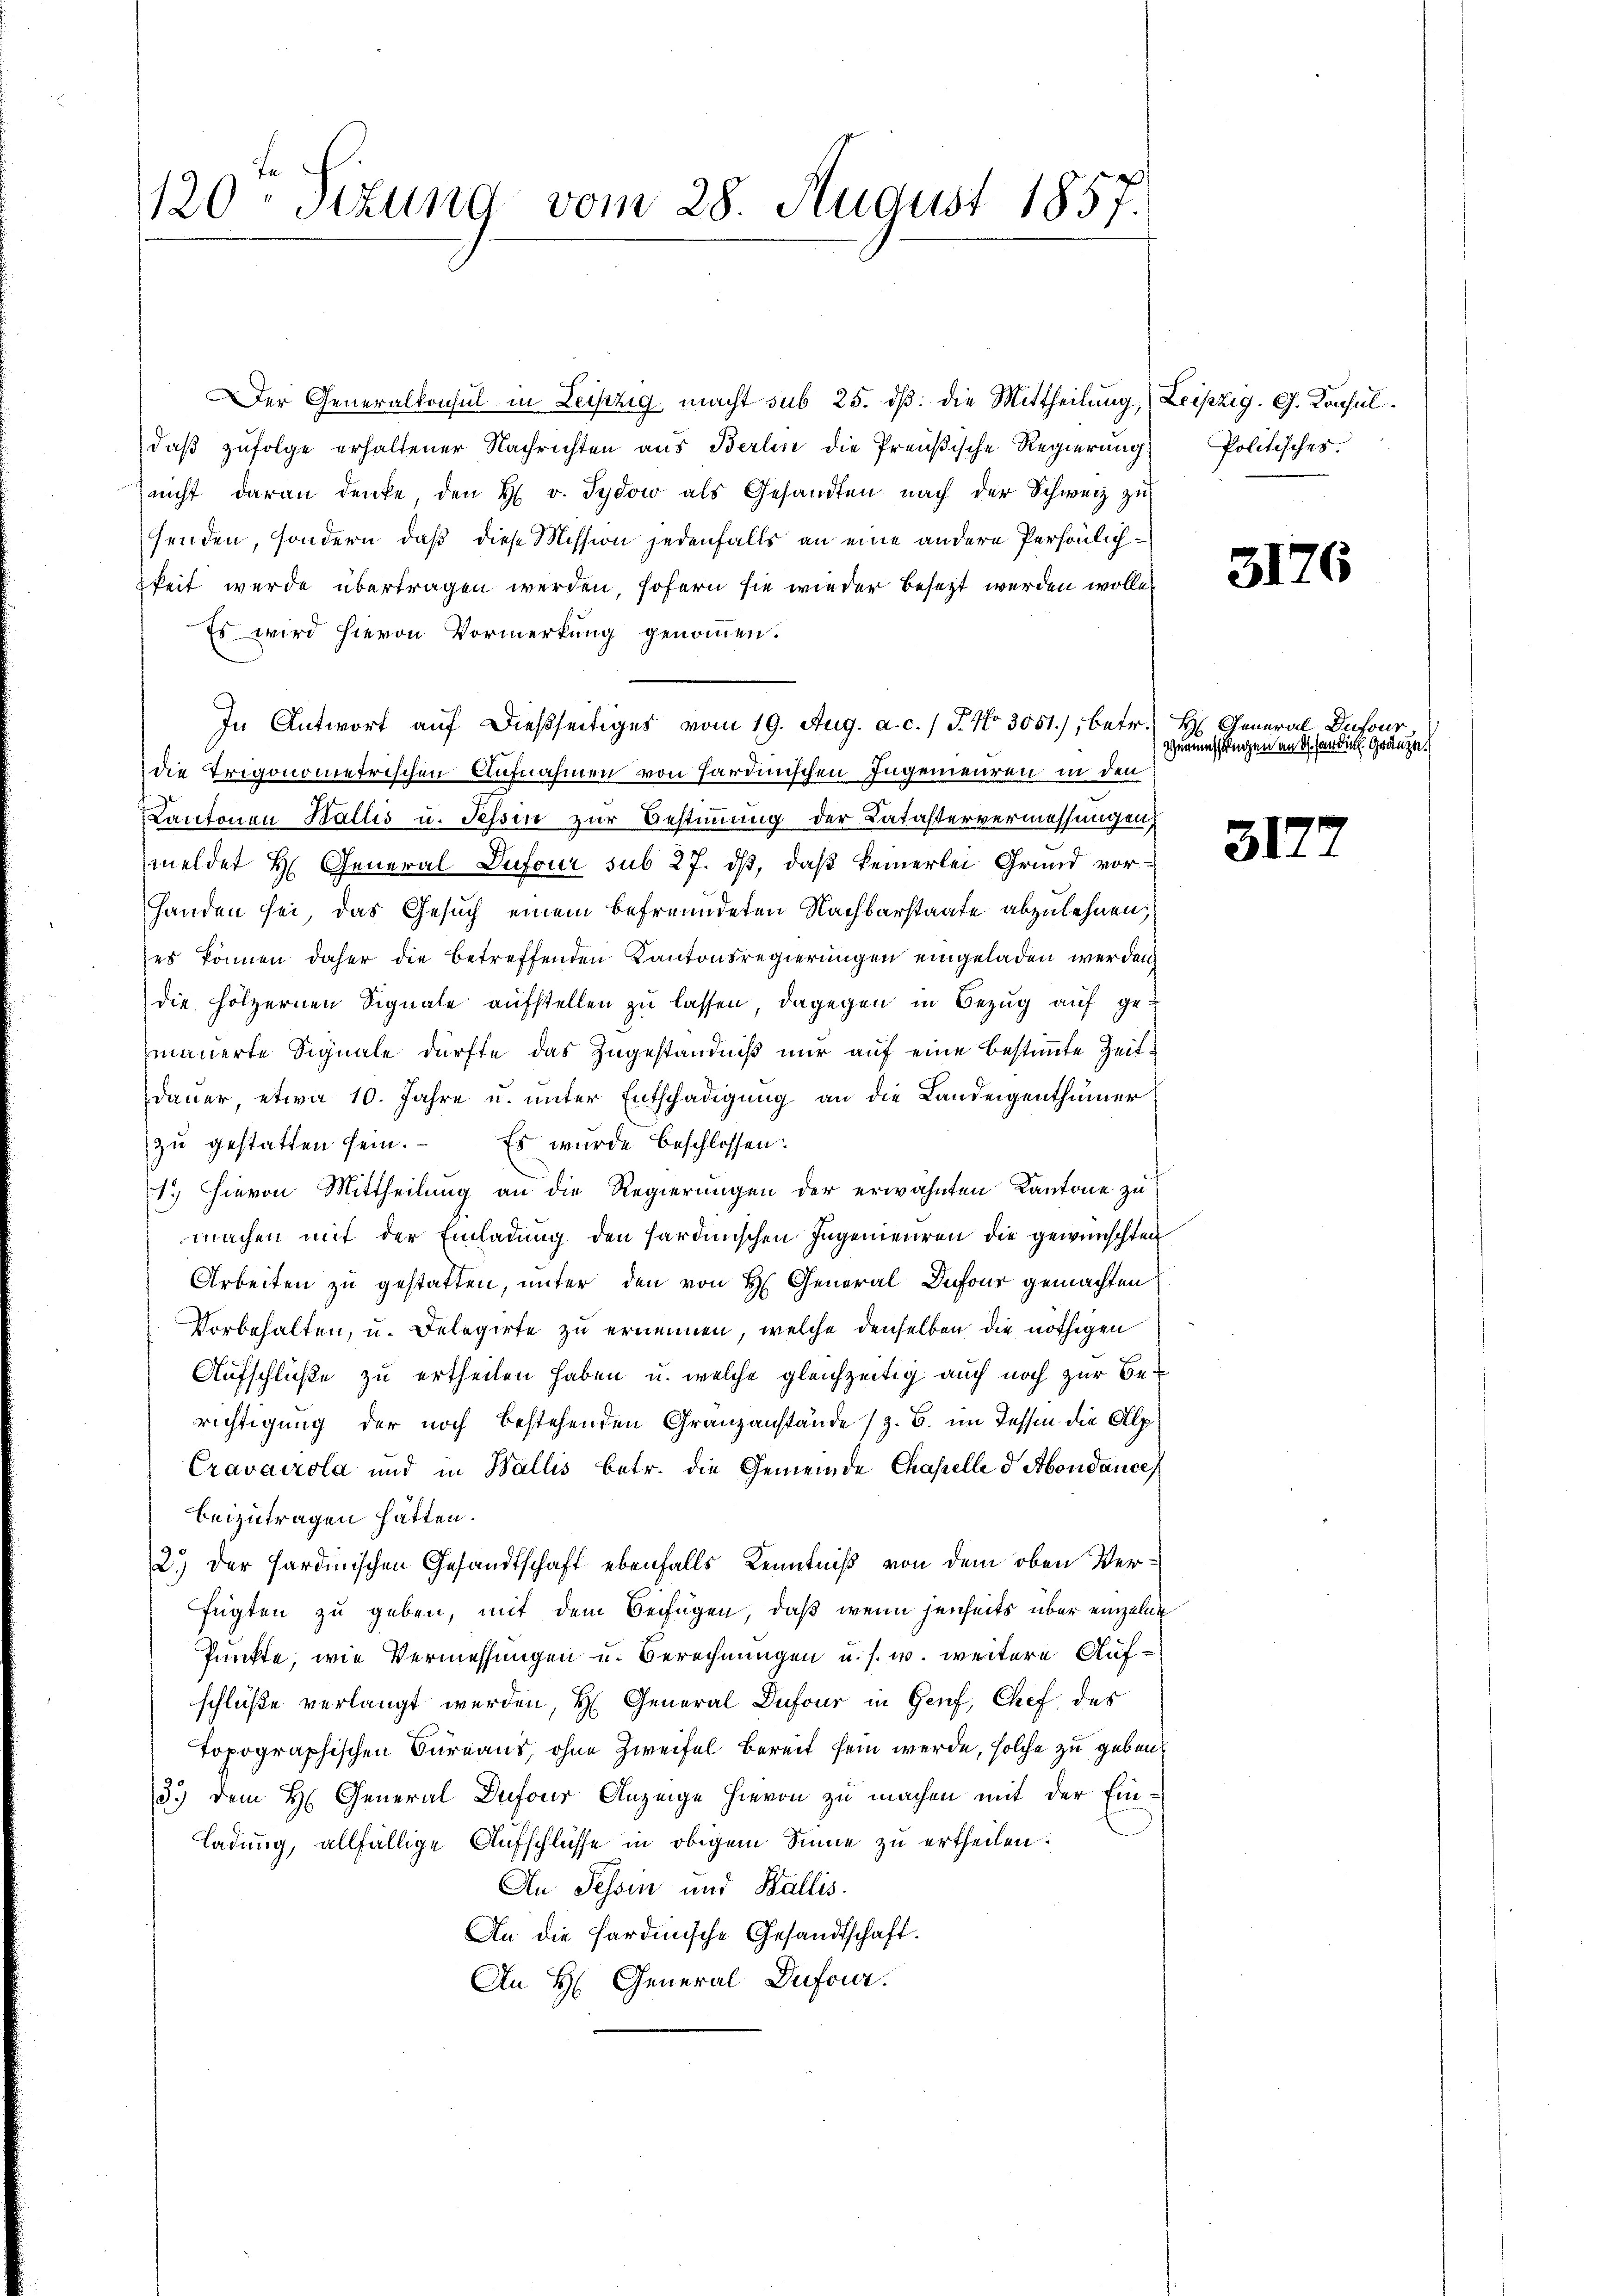
120 Sizung vom 28. August 1857.

Der Generalkonsul in Leipzig macht sub 25. dβ: die Mittheilung, Leipzig. G. Konsul
daß zufolge erhaltener Nachrichten aus Berlin die Preußische Regierung
nicht daran denke, den H. v. Sydow als Gesandten nach der Schweiz zu
senden, sondern, daß diese Mission jedenfalls an eine andere Persönlichkeit werde übertragen werden, sofern sie wieder besezt werden wolle,
Es wird hievon Vormerkung genommen.
In Antwort auf dießseitiges vom 19. Aug. a. c. / P. Nr. 3051), betr. H. General Dufour
die Trigonometrischen Aufnahmen von Hardinischen Ingenieuren in den
Kantonen Wallis u. Tessin zur Bestimmung der Latastervermessungen,
meldet H. General Dufour sub 27. dß, daß keinerlei Grund vorhanden sei, das Gesuch einem befreundeten Nachbarstaate abzulehnen;
es können daher die betreffenden Kantonsregierungen eingeladen werden,
die hölzernen Signale aufstellen zu lassen, dagegen in Bezug auf gemauerte Signale dürfte das Zugeständniß nur auf eine bestimmte Zeitdauer, etwa 10. Jahre u. unter Entschädigung an die Landeigenthümer
zŭ gestatten sein. Es wurde beschlossen:
1.) Hievon Mittheilung an die Regierungen der erwähnten Kantone zu
machen mit der Einladung den sardinischen Ingenieuren die gewünschten
Arbeiten zu gestatten, unter den von H. General-Dufour gemachten
Vorbehalten, u. Delegirte zu ernennen, welche denselben die nöthigen
Aufschlüße zu ertheilen haben, u. welche gleichzeitig auch noch zur Berichtigung der noch bestehenden Granzanstände (z. B. im Tessin die Alp
Cravacrola und in Wallis betr. die Gemeinde Chapelle d Abondance
beizutragen hätten.
2.) Der Sardinischen Gesandtschaft ebenfalls Kenntniß von dem oben Verfügten zu geben, mit dem Beifügen, daß wenn jenseits über einzelne
Punkte, wie Vermessungen u. Berechnungen u. s. w. weitere Aufschluße verlangt werden, H. General Dufour in Genf, Chef des
Topographischen Bureaus, ohne Zweifel bereit sein werde, solche zu geben
3.) Dem H. General Dufour Anzeige hievon zu machen mit der Einladung, allfällige Aufschlüsse in obigem Sinne zu ertheilen.
An Tessin und Wallis.
An die Sardinische Gesandtschaft.
An H. General-Dufour.

Politisches.

3176

Thurmessungen an dh. fandin Gränze

31.